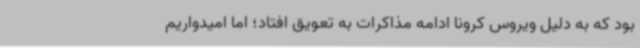
بود که به دلیل ویروس کرونا ادامه مذاکرات به تعویق افتاد؛ اما امیدواریم